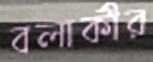
বলাকীর